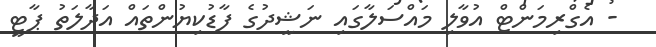
- އެގްރިމަންޓް އުވާލި މައްސަލާގައި ނަޝީދުގެ ފާޑުކިޔުންތައް އަދާލަތު ޕާޓީ